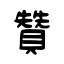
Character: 贊